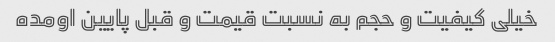
خیلی کیفیت و حجم به نسبت قیمت و قبل پایین اومده